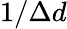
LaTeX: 1/\Delta d